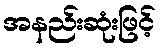
အနည်းဆုံးဖြင့်